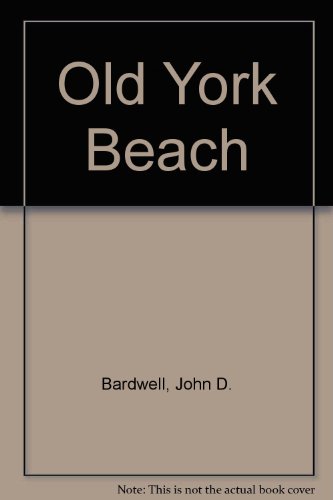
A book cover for Old York Beach (v. 1: The old photographs series); John D. Bardwell; Travel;